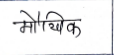
मजकूर: मौखिक